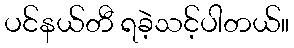
ပင်နယ်တီ ရခဲ့သင့်ပါတယ်။